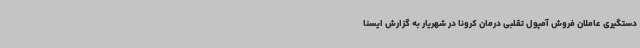
دستگیری عاملان فروش آمپول تقلبی درمان کرونا در شهریار به گزارش ایسنا